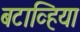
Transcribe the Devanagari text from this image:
बटाव्हिया